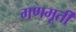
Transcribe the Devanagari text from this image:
गणमूर्ती